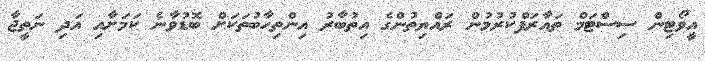
އީވޯޓިން ސިސްޓަމް ތައާރަފްކުރުމުން ރައްޔިތުންގެ އިތުބާރު އިންތިހާބުތަކަށް ބޮޑުވާނެ ކަމަށާއި އަދި ނަތީޖާ